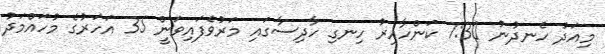
މިއަދު ހެނދުނު 7:30 ކަންހާއިރު ހިނގި ހާދިސާގައި މަރުވެފައިވަނީް 35 އަހަރުގެ މުހައްމަދު